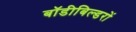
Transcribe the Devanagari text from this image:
बॉडीबिल्डरों